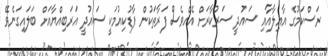
ރަސްކަމުގެ އާއިލާއާއި ސައުދީ ސަރުކާރަށް އެއްވެސް ފަރާތަކުން ފާޑުކިއުމަކީ ސައުދީ އަރަބިއްޔާއަށް ބަލައިގަނެވޭ